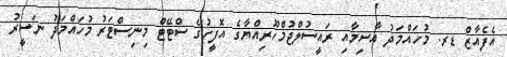
އެފެއާޒް ޑރ. މުހައްމަދު އާސިމާއި ރައީސުލްޖުމްހޫރިއްޔާގެ އޮފީހުގެ ސްޓޭޓް މިނިސްޓަރު މުހައްމަދު ނަސީރު